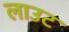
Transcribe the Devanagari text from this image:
लाउट